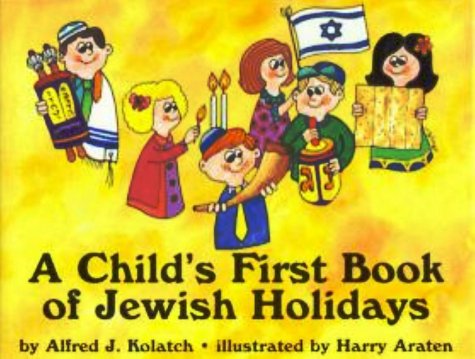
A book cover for A Child's First Book of Jewish Holidays; Alfred J. Kolatch; Children's Books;